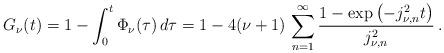
LaTeX: \begin{align*}G _\nu (t) = 1 - \int _0 ^t \Phi _\nu (\tau) \, d \tau = 1 - 4 (\nu + 1) \, \sum _{n=1} ^\infty \frac{1 - \exp \left( - j_{\nu, n} ^2 t \right)}{j_{\nu, n} ^2} \, .\end{align*}